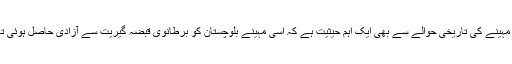
اس مہینے کی تاریخی حوالے سے بھی ایک اہم حیثیت ہے کہ اسی مہینے بلوچستان کو برطانوی قبضہ گیریت سے آزادی حاصل ہوئی تھی۔